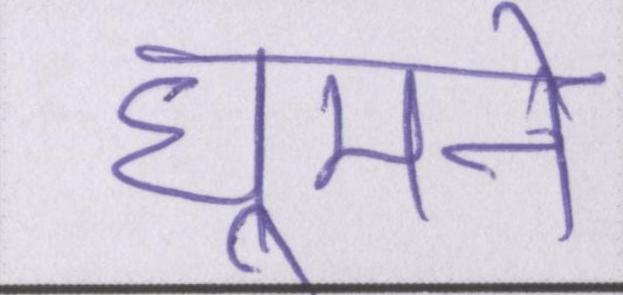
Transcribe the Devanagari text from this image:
घूमने